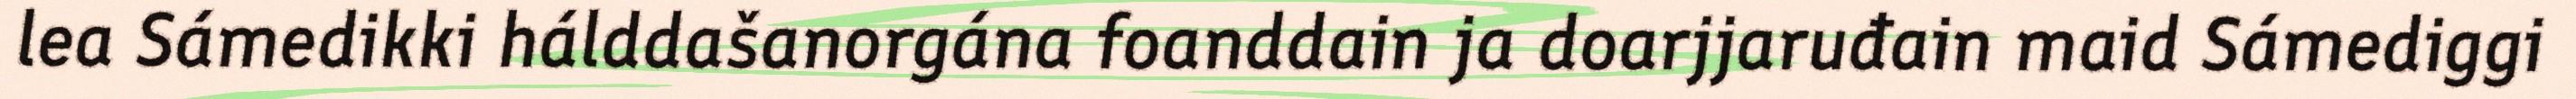
lea Sámedikki hálddašanorgána foanddain ja doarjjaruđain maid Sámediggi